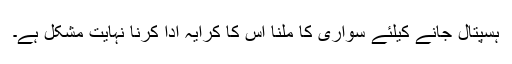
ہسپتال جانے کیلئے سواری کا ملنا اس کا کرایہ ادا کرنا نہایت مشکل ہے۔